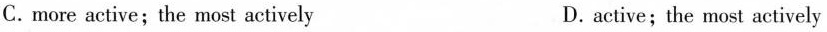
C.more active;the most actively D. active; the most actively